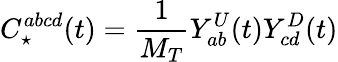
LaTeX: C_{\star}^{abcd}(t)=\frac{1}{M_{T}}Y_{ab}^{U}(t)Y_{cd}^{D}(t)